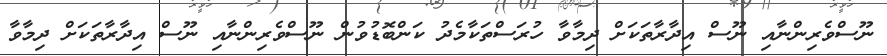
ނޫސްވެރިންނާއި ނޫސް އިދާރާތަކަށް ދިމާވާ ހުރަސްތަކާމެދު ކަންބޮޑުވުން ނޫސްވެރިންނާއި ނޫސް އިދާރާތަކަށް ދިމާވާ